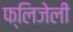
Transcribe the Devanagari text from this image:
फ्लिजेली